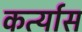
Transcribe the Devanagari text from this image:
कर्त्यास